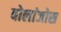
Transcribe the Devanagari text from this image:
बोलांजोस